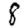
Digit: 8